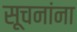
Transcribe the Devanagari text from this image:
सूचनांना